Document type: Testament
Year: 1362
Scribe: Berenguer Vergós
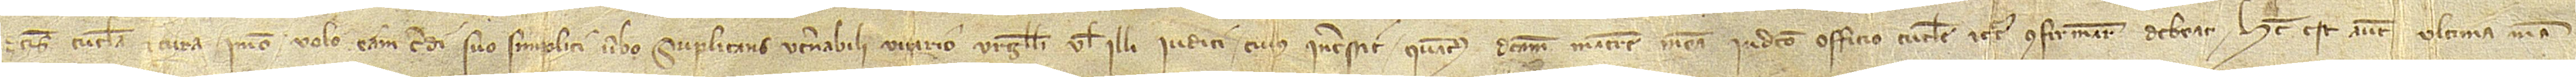
dictis tutela et cura, immo volo eam credi suo simplici verbo. Suplicans venerabili vicario Urgelli vel illi iudici cuius interssit quatenus dictam matrem meam in dicto officio tutele et cure confirmare debeat. Hec est autem ultima mea